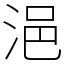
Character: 浥